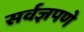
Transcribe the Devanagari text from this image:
सर्वज्ञपणे